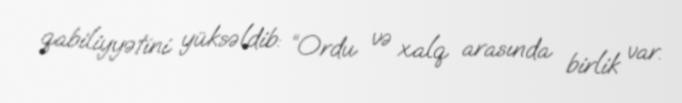
qabiliyyətini yüksəldib: “Ordu və xalq arasında birlik var.